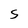
Character: S